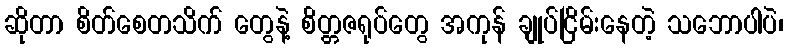
ဆိုတာ စိတ်စေတသိက် တွေနဲ့ စိတ္တဇရုပ်တွေ အကုန် ချုပ်ငြိမ်းနေတဲ့ သဘောပါပဲ၊